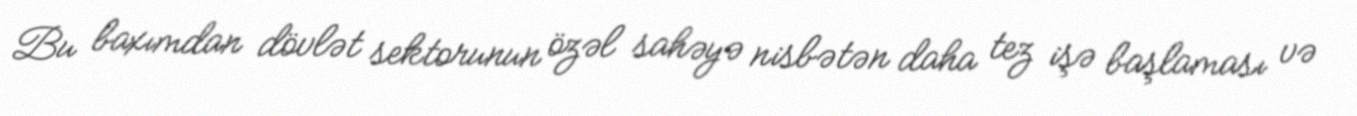
Bu baxımdan dövlət sektorunun özəl sahəyə nisbətən daha tez işə başlaması və